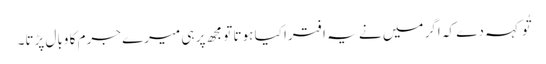
تُو کہہ دے کہ اگر میں نے یہ افترا کیا ہوتا تو مجھ پر ہی میرے جرم کا وبال پڑتا۔